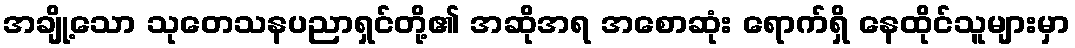
အချို့သော သုတေသနပညာရှင်တို့၏ အဆိုအရ အစောဆုံး ရောက်ရှိ နေထိုင်သူများမှာ